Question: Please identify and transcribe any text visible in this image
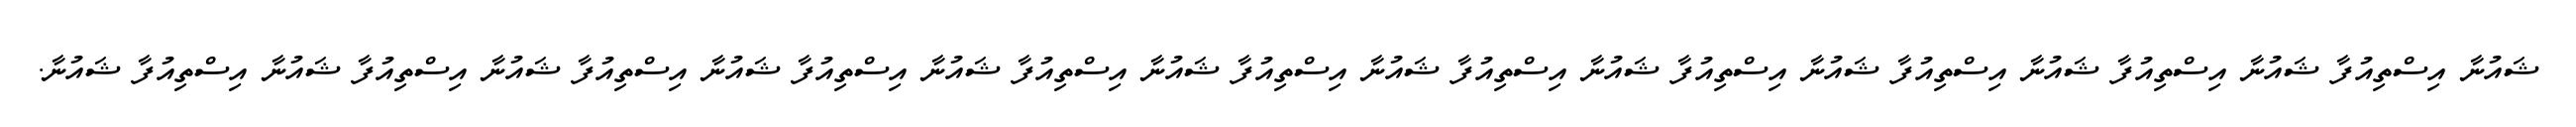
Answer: ޝައުނާ އިސްތިއުފާ ޝައުނާ އިސްތިއުފާ ޝައުނާ އިސްތިއުފާ ޝައުނާ އިސްތިއުފާ ޝައުނާ އިސްތިއުފާ ޝައުނާ އިސްތިއުފާ ޝައުނާ އިސްތިއުފާ ޝައުނާ އިސްތިއުފާ ޝައުނާ އިސްތިއުފާ ޝައުނާ އިސްތިއުފާ ޝައުނާ އިސްތިއުފާ ޝައުނާ.